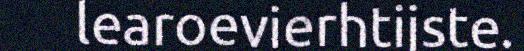
learoevierhtijste.